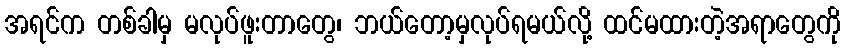
အရင်က တစ်ခါမှ မလုပ်ဖူးတာတွေ၊ ဘယ်တော့မှလုပ်ရမယ်လို့ ထင်မထားတဲ့အရာတွေကို